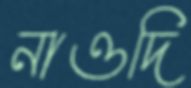
নাওদি